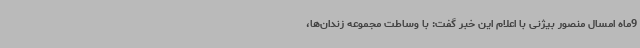
9ماه امسال منصور بیژنی با اعلام این خبر گفت: با وساطت مجموعه زندان‌ها،